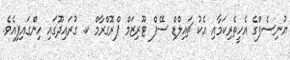
ޔުނިސެފްގެ އެހީތެރިކަމާއި އެކު ޗައިލްޑް ސޭފް ޓޫރިޒަމް ޕްރޮގްރާމް ކ. ގުރައިދޫގައި ހިންގައިފިއެވެ.